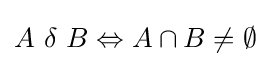
A\ \delta \ B\Leftrightarrow A\cap B\neq \emptyset